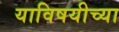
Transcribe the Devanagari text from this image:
याविषयीच्या